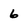
Character: 6